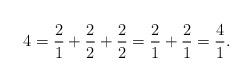
LaTeX: \begin{align*}4 = \frac{2}{1} + \frac{2}{2} + \frac{2}{2} = \frac{2}{1} + \frac{2}{1} = \frac{4}{1}. \end{align*}